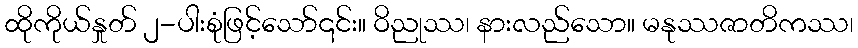
ထိုကိုယ်နှုတ် ၂-ပါးစုံဖြင့်သော်၎င်း။ ဝိညုဿ၊ နားလည်သော။ မနုဿဇာတိကဿ၊